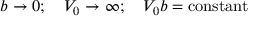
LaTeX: b \to 0 ; \quad V _ { 0 } \to \infty ; \quad V _ { 0 } b = \mathrm { c o n s t a n t }